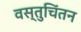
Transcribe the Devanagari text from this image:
वस्तुचिंतन